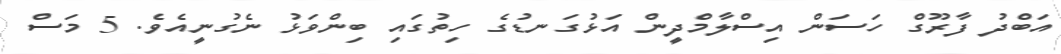
އަބްދު ފާރޫގް ހަސަން އިސްލާމްދީން އަޅުގަނޑުގެ ހިތުގައި ބިންވަޅު ނެގުނީއެވެ. 5 މަސް